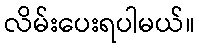
လိမ်းပေးရပါမယ်။